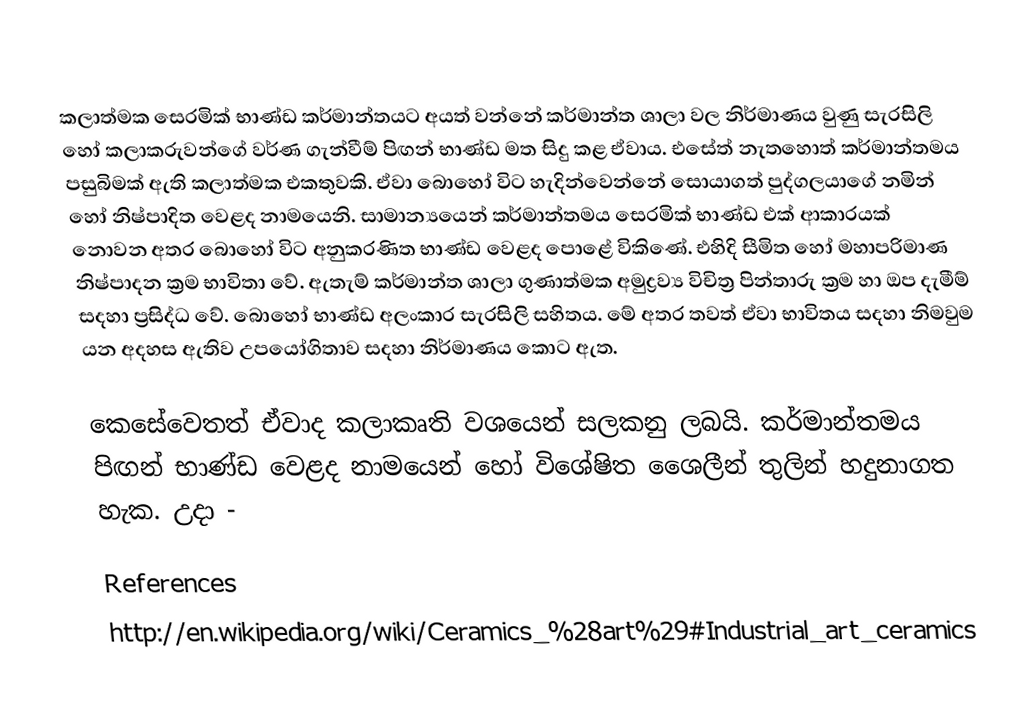
කලාත්මක සෙරමික් භාණ්ඩ කර්මාන්තයට අයත් වන්නේ කර්මාන්ත ශාලා වල නිර්මාණය වුණු සැරසිලි හෝ කලාකරුවන්ගේ වර්ණ ගැන්වීම් පිඟන් භාණ්ඩ මත සිදු කළ ඒවාය. එසේත් නැතහොත් කර්මාන්තමය පසුබිමක් ඇති කලාත්මක එකතුවකි. ඒවා බොහෝ විට හැදින්වෙන්නේ සොයාගත් පුද්ගලයාගේ නමින් හෝ නිෂ්පාදිත වෙළද නාමයෙනි. සාමාන්‍යයෙන් කර්මාන්තමය සෙරමික් භාණ්ඩ එක් ආකාරයක් නොවන අතර බොහෝ විට අනුකරණිත භාණ්ඩ වෙළද පොළේ විකිණේ. එහිදි සීමිත හෝ මහාපරිමාණ නිෂ්පාදන ක්‍රම භාවිතා වේ. ඇතැම් කර්මාන්ත ශාලා ගුණාත්මක අමුද්‍රව්‍ය විචිත්‍ර පින්තාරු ක්‍රම හා ඔප දැමීම් සදහා ප්‍රසිද්ධ වේ. බොහෝ භාණ්ඩ අලංකාර සැරසිලි සහිතය. මේ අතර තවත් ඒවා භාවිතය සදහා නිමවුම යන අදහස ඇතිව උපයෝගිතාව සදහා නිර්මාණය කොට ඇත.

කෙසේවෙතත් ඒවාද කලාකෘති වශයෙන් සලකනු ලබයි. කර්මාන්තමය පිඟන් භාණ්ඩ වෙළද නාමයෙන් හෝ විශේෂිත ශෛලීන් තුලින් හදුනාගත හැක. උදා -

References
http://en.wikipedia.org/wiki/Ceramics_%28art%29#Industrial_art_ceramics